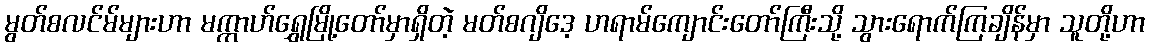
မွတ်စလင်မ်များဟာ မက္ကာဟ်ရွှေမြို့တော်မှာရှိတဲ့ မတ်စဂျိဒေ့ ဟရာမ်ကျောင်းတော်ကြီးသို့ သွားရောက်ကြချိန်မှာ သူတို့ဟာ